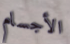
الأجسام